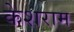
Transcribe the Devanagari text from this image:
केशराम